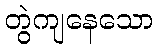
တွဲကျနေသော